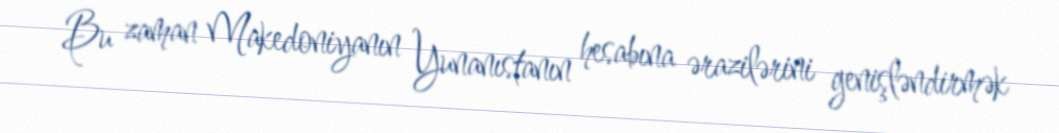
Bu zaman Makedoniyanın Yunanıstanın hesabına ərazilərini genişləndirmək